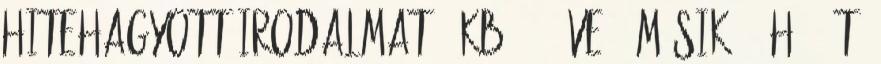
hitehagyott irodalmat,. kb. 20 éve " másik, " háááát.